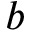
b